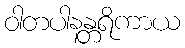
ဝါတပါနန္တရိကာယ